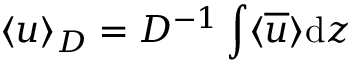
\langle u \rangle _ { D } = D ^ { - 1 } \int \langle \overline { { u } } \rangle \mathrm { d } z